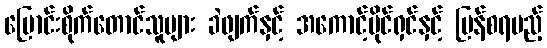
ပြောင်းစိုက်တောင်သူများ ခဲဖျက်နှင့် အကောင့်ပိုင်ရှင်နှင့် ပြန်စရမည့်